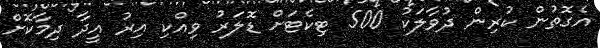
އެގޮތުން ކުރިން ދުވާލަކު 500 ޓިކެޓަށް ޑޮލަރު ވިއްކި އިރު އީދާ ދިމާކޮށް